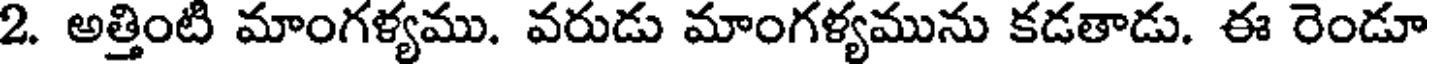
2. అత్తింటి మాంగళ్యము. వరుడు మాంగళ్యమును కడతాడు. ఈ రెండూ